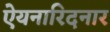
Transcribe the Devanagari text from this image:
ऐयनारिदनार